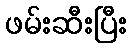
ဖမ်းဆီးပြီး